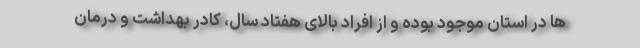
ها در استان موجود بوده و از افراد بالای هفتاد سال، کادر بهداشت و درمان